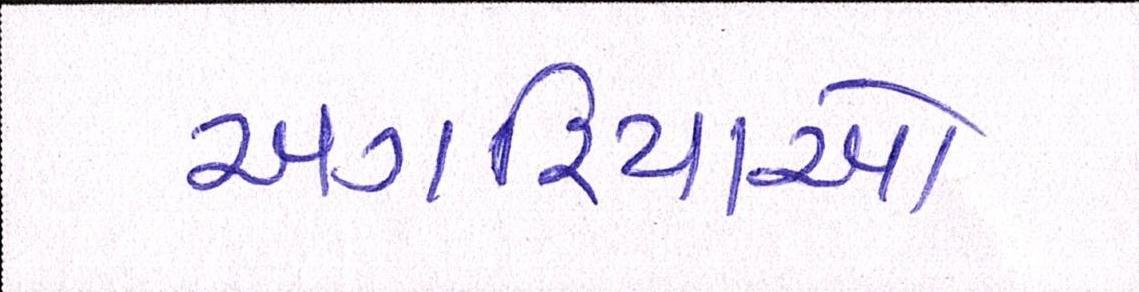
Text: અગરિયાઓ